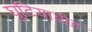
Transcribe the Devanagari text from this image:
घुटियाडीह